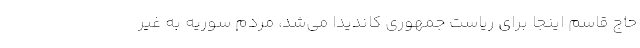
حاج قاسم اینجا برای ریاست جمهوری کاندیدا می‌شد، مردم سوریه به غیر